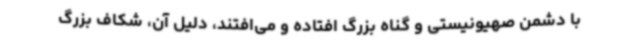
با دشمن صهیونیستی و گناه بزرگ افتاده و می‌افتند، دلیل آن، شکاف بزرگ